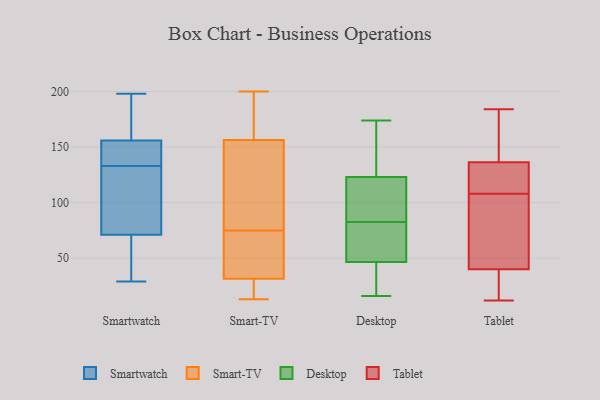
{"axis": {"x": "Satisfaction Score", "y": "Value"}, "legend": ["Desktop", "Smart-TV", "Smartwatch", "Tablet"], "data": [{"x": "", "y": 134, "type": "Smartwatch"}, {"x": "", "y": 156, "type": "Smartwatch"}, {"x": "", "y": 115, "type": "Smartwatch"}, {"x": "", "y": 167, "type": "Smartwatch"}, {"x": "", "y": 94, "type": "Smartwatch"}, {"x": "", "y": 198, "type": "Smartwatch"}, {"x": "", "y": 71, "type": "Smartwatch"}, {"x": "", "y": 35, "type": "Smartwatch"}, {"x": "", "y": 47, "type": "Smartwatch"}, {"x": "", "y": 29, "type": "Smartwatch"}, {"x": "", "y": 142, "type": "Smartwatch"}, {"x": "", "y": 171, "type": "Smartwatch"}, {"x": "", "y": 134, "type": "Smartwatch"}, {"x": "", "y": 132, "type": "Smartwatch"}, {"x": "", "y": 118, "type": "Smart-TV"}, {"x": "", "y": 71, "type": "Smart-TV"}, {"x": "", "y": 13, "type": "Smart-TV"}, {"x": "", "y": 166, "type": "Smart-TV"}, {"x": "", "y": 200, "type": "Smart-TV"}, {"x": "", "y": 200, "type": "Smart-TV"}, {"x": "", "y": 30, "type": "Smart-TV"}, {"x": "", "y": 30, "type": "Smart-TV"}, {"x": "", "y": 147, "type": "Smart-TV"}, {"x": "", "y": 51, "type": "Smart-TV"}, {"x": "", "y": 79, "type": "Smart-TV"}, {"x": "", "y": 33, "type": "Smart-TV"}, {"x": "", "y": 174, "type": "Desktop"}, {"x": "", "y": 102, "type": "Desktop"}, {"x": "", "y": 32, "type": "Desktop"}, {"x": "", "y": 139, "type": "Desktop"}, {"x": "", "y": 16, "type": "Desktop"}, {"x": "", "y": 104, "type": "Desktop"}, {"x": "", "y": 103, "type": "Desktop"}, {"x": "", "y": 46, "type": "Desktop"}, {"x": "", "y": 63, "type": "Desktop"}, {"x": "", "y": 153, "type": "Desktop"}, {"x": "", "y": 36, "type": "Desktop"}, {"x": "", "y": 52, "type": "Desktop"}, {"x": "", "y": 61, "type": "Desktop"}, {"x": "", "y": 147, "type": "Desktop"}, {"x": "", "y": 47, "type": "Desktop"}, {"x": "", "y": 113, "type": "Desktop"}, {"x": "", "y": 36, "type": "Desktop"}, {"x": "", "y": 110, "type": "Desktop"}, {"x": "", "y": 58, "type": "Desktop"}, {"x": "", "y": 133, "type": "Desktop"}, {"x": "", "y": 132, "type": "Tablet"}, {"x": "", "y": 156, "type": "Tablet"}, {"x": "", "y": 50, "type": "Tablet"}, {"x": "", "y": 71, "type": "Tablet"}, {"x": "", "y": 172, "type": "Tablet"}, {"x": "", "y": 42, "type": "Tablet"}, {"x": "", "y": 183, "type": "Tablet"}, {"x": "", "y": 22, "type": "Tablet"}, {"x": "", "y": 128, "type": "Tablet"}, {"x": "", "y": 38, "type": "Tablet"}, {"x": "", "y": 138, "type": "Tablet"}, {"x": "", "y": 184, "type": "Tablet"}, {"x": "", "y": 12, "type": "Tablet"}, {"x": "", "y": 19, "type": "Tablet"}, {"x": "", "y": 125, "type": "Tablet"}, {"x": "", "y": 100, "type": "Tablet"}, {"x": "", "y": 63, "type": "Tablet"}, {"x": "", "y": 23, "type": "Tablet"}, {"x": "", "y": 116, "type": "Tablet"}, {"x": "", "y": 135, "type": "Tablet"}]}